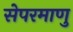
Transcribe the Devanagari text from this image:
सेपरमाणु